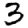
Digit: 3